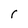
Character: r